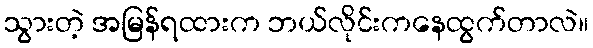
သွားတဲ့ အမြန်ရထားက ဘယ်လိုင်းကနေထွက်တာလဲ။